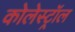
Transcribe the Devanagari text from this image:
कोलेस्‍ट्रॉल